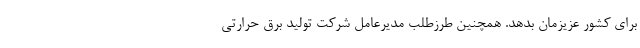
برای کشور عزیزمان بدهد. همچنین طرزطلب مدیرعامل شرکت تولید برق حرارتی